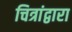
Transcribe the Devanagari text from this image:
चित्रांद्वारा